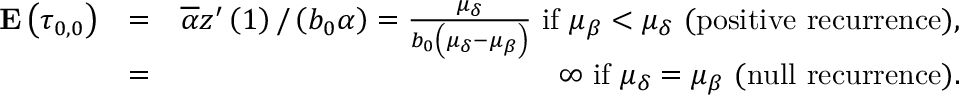
\begin{array} { r l r } { { \bf E } \left( \tau _ { 0 , 0 } \right) } & { = } & { \overline { { \alpha } } z ^ { \prime } \left( 1 \right) / \left( b _ { 0 } \alpha \right) = \frac { \mu _ { \delta } } { b _ { 0 } \left( \mu _ { \delta } - \mu _ { \beta } \right) } \mathrm { ~ i f ~ } \mu _ { \beta } < \mu _ { \delta } \mathrm { ~ ( p o s i t i v e ~ r e c u r r e n c e ) , } } \\ & { = } & { \infty \mathrm { ~ i f ~ } \mu _ { \delta } = \mu _ { \beta } \mathrm { ~ ( n u l l ~ r e c u r r e n c e ) . } } \end{array}